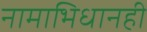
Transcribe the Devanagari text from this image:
नामाभिधानही